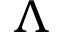
\Lambda